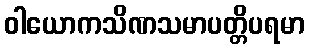
ဝါယောကသိဏသမာပတ္တိပရမာ